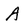
Character: A